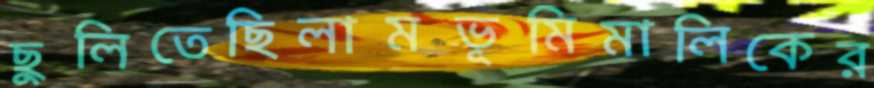
ছুলিতেছিলামভূমিমালিকের